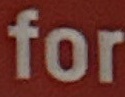
for